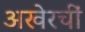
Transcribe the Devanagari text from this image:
अखेरचीं